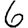
Digit: 6